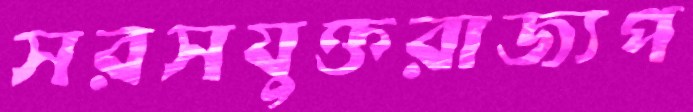
সরসযুক্তরাজ্যপ